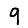
Digit: 9